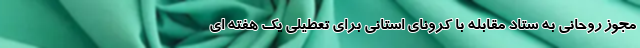
مجوز روحانی به ستاد مقابله با کرونای استانی برای تعطيلی يک هفته ای